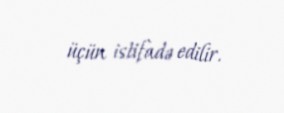
üçün istifadə edilir.